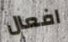
افعال